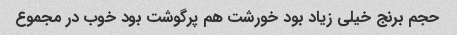
حجم برنج خیلی زیاد بود خورشت هم پرگوشت بود خوب در مجموع